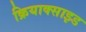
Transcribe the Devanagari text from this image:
क्रियाक्साइड